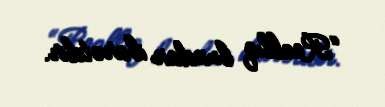
“Reallıq bundan ibarətdir.